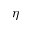
\eta